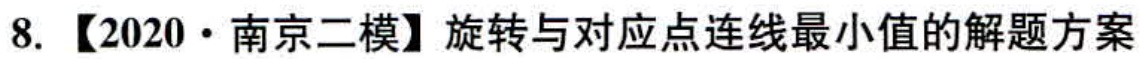
8. 【2020·南京二模】旋转与对应点连线最小值的解题方案